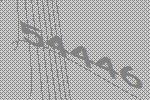
54446